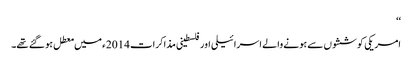
‘‘
امریکی کوششوں سے ہونے والے اسرائیلی اور فلسطینی مذاکرات 2014ء میں معطل ہو گئے تھے۔